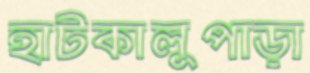
হাটকালুপাড়া